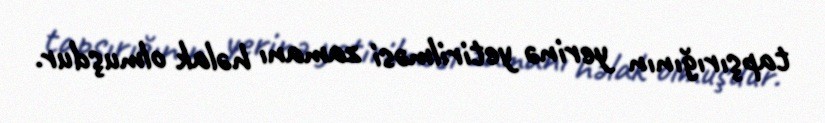
tapşırığının yerinə yetirilməsi zamanı həlak olmuşdur.